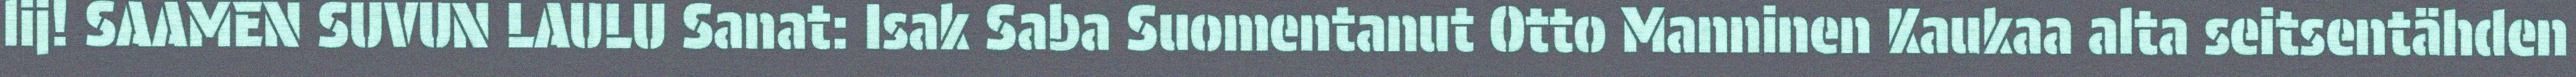
lij! SAAMEN SUVUN LAULU Sanat: Isak Saba Suomentanut Otto Manninen Kaukaa alta seitsentähden